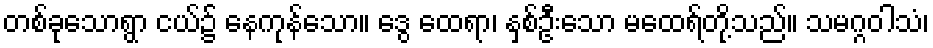
တစ်ခုသောရွာ ငယ်၌ နေကုန်သော။ ဒွေ ထေရာ၊ နှစ်ဦးသော မထေရ်တို့သည်။ သမဂ္ဂဝါသံ၊